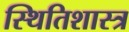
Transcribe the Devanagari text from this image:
स्थितिशास्त्र